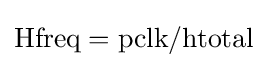
\mathrm {Hfreq=pclk/htotal}